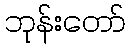
ဘုန်းတော်